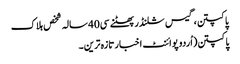
پاکپتن،گیس سلنڈر پھٹنے سی40 سالہ شخص ہلاک
پاکپتن(اُردو پوائنٹ اخبارتازہ ترین۔